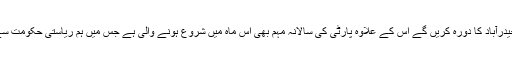
انہوں نے کہاکہ ستمبر ہمارے لئے اہمیت کاحامل ہے کیونکہ اسی ماہ امیت شاہ حیدرآباد کا دورہ کریں گے اس کے علاوہ پارٹی کی سالانہ مہم بھی اس ماہ میں شروع ہونے والی ہے جس میں ہم ریاستی حکومت سے ستمبر17کو لبریشن ڈے کے طور پر منانے کا مطالبہ کرتے ہوئے آرہے ہیں۔